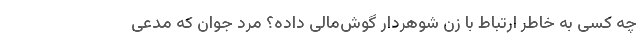
چه کسی به خاطر ارتباط با زن شوهردار گوش‌مالی داده؟ مرد جوان که مدعی